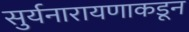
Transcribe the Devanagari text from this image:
सुर्यनारायणाकडून